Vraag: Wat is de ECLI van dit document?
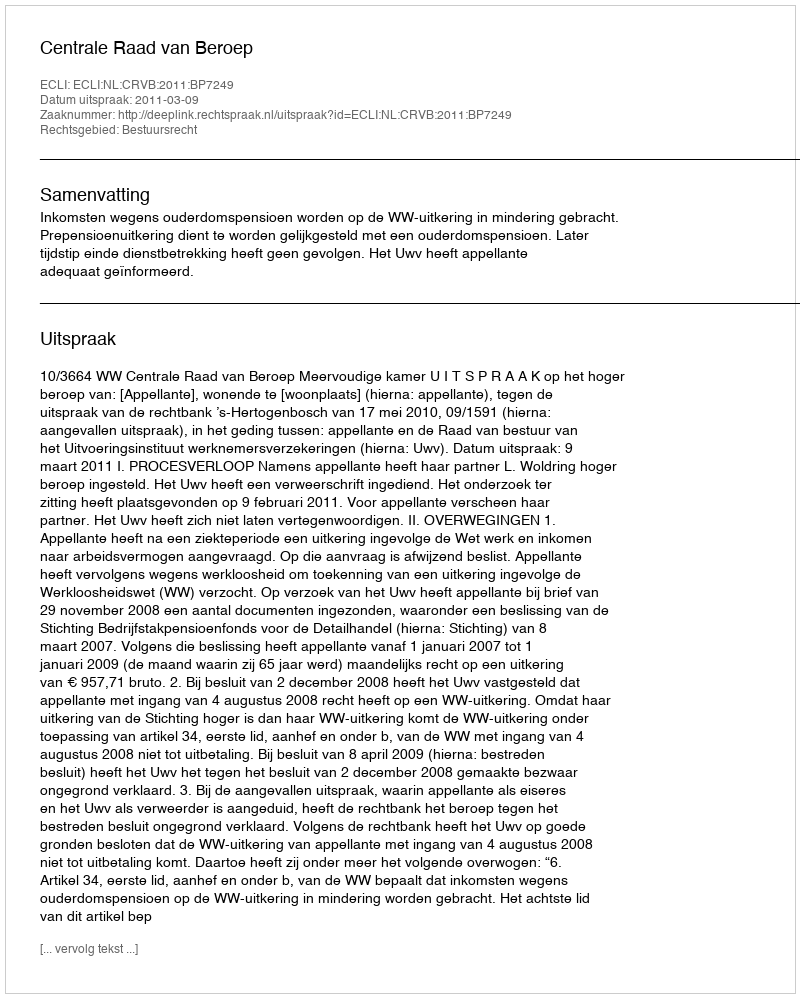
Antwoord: ECLI:NL:CRVB:2011:BP7249